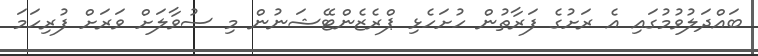
ބައްދަލުވުމުގައި އެ ރަށުގެ ފަރާތުން ހުށަހެޅި ޕްރެޒެންޓޭޝަނުން މި ސުވާލަށް ވަރަށް ފުރިހަމަ